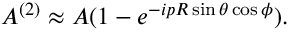
A ^ { ( 2 ) } \approx A ( 1 - e ^ { - i p R \sin \theta \cos \phi } ) .